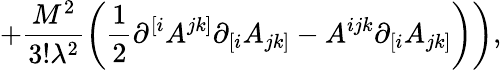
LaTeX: \left.+\frac{M^{2}}{3!\lambda^{2}}\left(\frac 12\partial^{[i}A^{jk]}\partial_{[i}A_{jk]}-A^{ijk}\partial_{[i}A_{jk]}\right)\right),